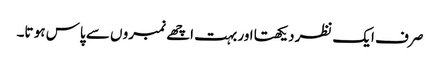
صر ف ایک نظردیکھتا اور بہت اچھے نمبرو ں سے پاس ہو تا۔